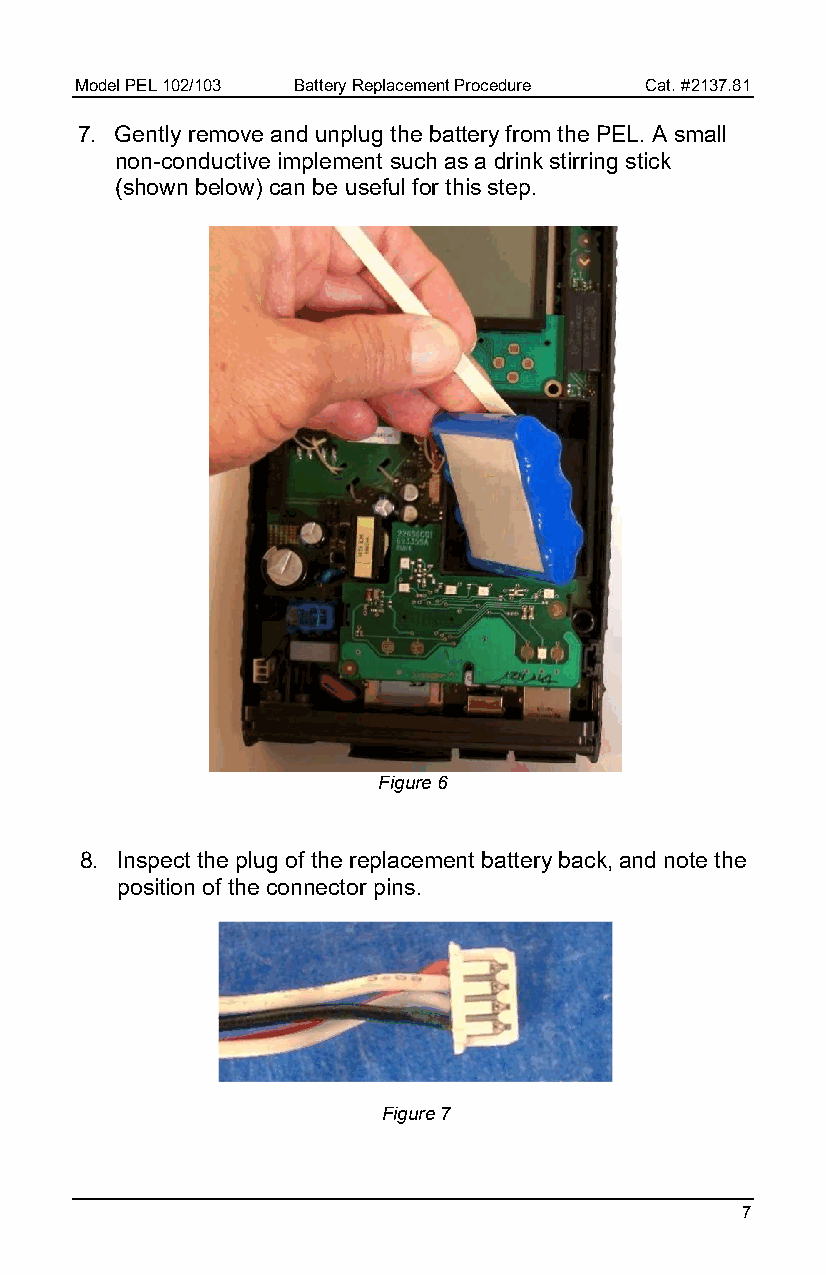
Model PEL 102/103 Battery Replacement Procedure Cat. #2137.81
 7. Gently remove and unplug the battery from the PEL. A small
 non-conductive implement such as a drink stirring stick
 (shown below) can be useful for this step.
 Figure 6
 8. Inspect the plug of the replacement battery back, and note the
 position of the connector pins.
 Figure 7
 7